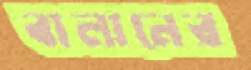
বালানের